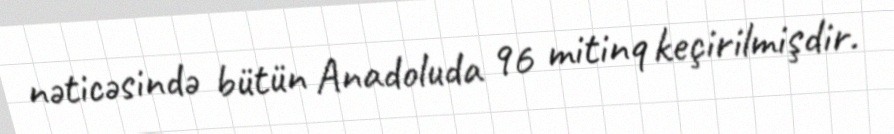
nəticəsində bütün Anadoluda 96 mitinq keçirilmişdir.